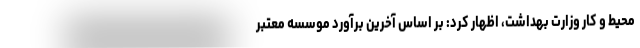
محیط و کار وزارت بهداشت، اظهار کرد: بر اساس آخرین برآورد موسسه معتبر